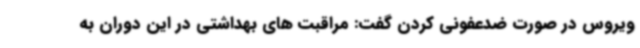
ویروس در صورت ضدعفونی کردن گفت: مراقبت های بهداشتی در این دوران به